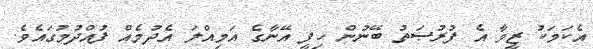
އެކަމަކު ޒީވާ އެ ފުރުޞަތު ބޭނުން ހިފީ އޭނާގެ އަމިއްލަ އެދުމެއް ފުއްދުމުގައެވެ.